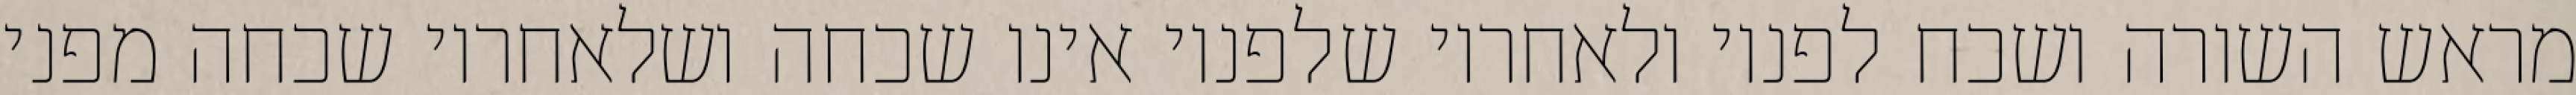
מראש השורה ושכח לפניו ולאחריו שלפניו אינו שכחה ושלאחריו שכחה מפני